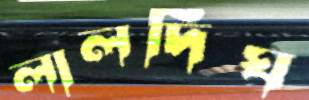
লালদিঘ